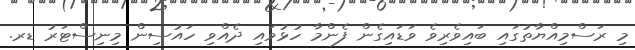
މި ރަސްމިއްޔާތުގައި ބައިވެރިވެ ވަޑައިގެން ފެންމާ ހުޅުވައި ދެއްވި ހައުސިން މިނިސްޓަރު ޑރ.